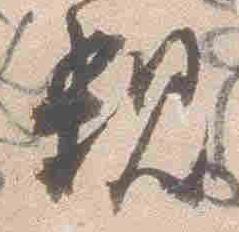
親